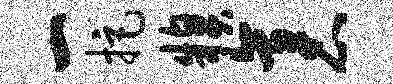
一拒糗袤